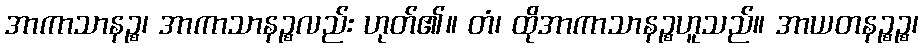
အာကာသာနဉ္စ၊ အာကာသာနဉ္စလည်း ဟုတ်၏။ တံ၊ ထိုအာကာသာနဉ္စဟူသည်။ အာယတနဉ္စဉ္စ၊